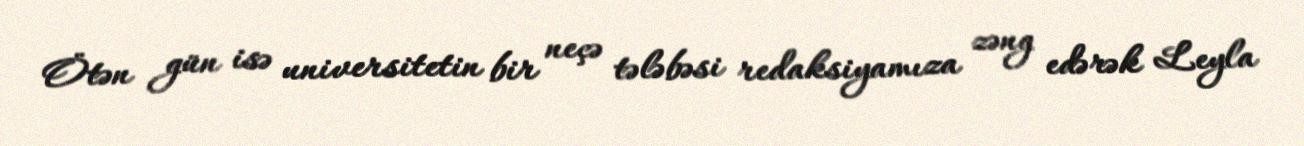
Ötən gün isə universitetin bir neçə tələbəsi redaksiyamıza zəng edərək Leyla